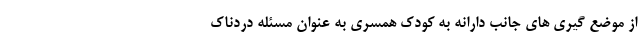
از موضع گیری های جانب دارانه به کودک همسری به عنوان مسئله دردناک